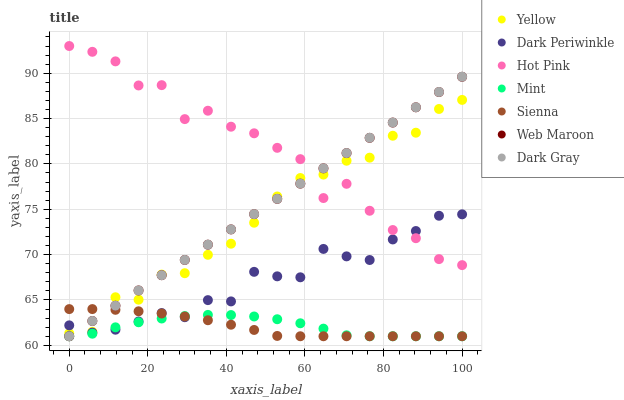
| xaxis_label | Yellow | Dark Periwinkle | Hot Pink | Mint | Sienna | Web Maroon | Dark Gray |
 | --- | --- | --- | --- | --- | --- | --- | --- |
 | 0 | 61.3 | 62.2 | 93 | 61 | 64 | 61 | 61 |
 | 5.88 | 61.5 | 61.4 | 92.4 | 61.3 | 64 | 62.7 | 62.7 |
 | 11.8 | 65.3 | 61.7 | 91.3 | 62 | 63.9 | 64.4 | 64.4 |
 | 17.6 | 65 | 62.6 | 88.7 | 62.5 | 63.8 | 66 | 66 |
 | 23.5 | 67.8 | 63.6 | 88.7 | 63 | 63.5 | 67.7 | 67.7 |
 | 29.4 | 68 | 63.1 | 84.9 | 63.2 | 63.2 | 69.4 | 69.4 |
 | 35.3 | 70 | 65 | 85.9 | 63.4 | 62.8 | 71.1 | 71.1 |
 | 41.2 | 71.2 | 64.8 | 84.1 | 63.3 | 62.3 | 72.8 | 72.8 |
 | 47.1 | 73.5 | 68.1 | 83.4 | 63.2 | 61.7 | 74.5 | 74.5 |
 | 52.9 | 76.4 | 67.6 | 81.8 | 62.9 | 61 | 76.1 | 76.1 |
 | 58.8 | 78.4 | 67.5 | 80.5 | 62.4 | 61 | 77.8 | 77.8 |
 | 64.7 | 78.8 | 70.6 | 76.2 | 61.8 | 61 | 79.5 | 79.5 |
 | 70.6 | 80.4 | 69.8 | 77.8 | 61.1 | 61 | 81.2 | 81.2 |
 | 76.5 | 80.7 | 69.4 | 74.8 | 61 | 61 | 82.9 | 82.9 |
 | 82.4 | 83.1 | 71.7 | 72.7 | 61 | 61 | 84.6 | 84.6 |
 | 88.2 | 83.4 | 72.6 | 71.8 | 61 | 61 | 86.2 | 86.2 |
 | 94.1 | 86.1 | 74.3 | 69.5 | 61 | 61 | 87.9 | 87.9 |
 | 100 | 87.1 | 74.4 | 68.8 | 61 | 61 | 89.6 | 89.6 |